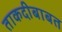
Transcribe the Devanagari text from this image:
ताकदीबाबत